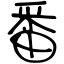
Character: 番